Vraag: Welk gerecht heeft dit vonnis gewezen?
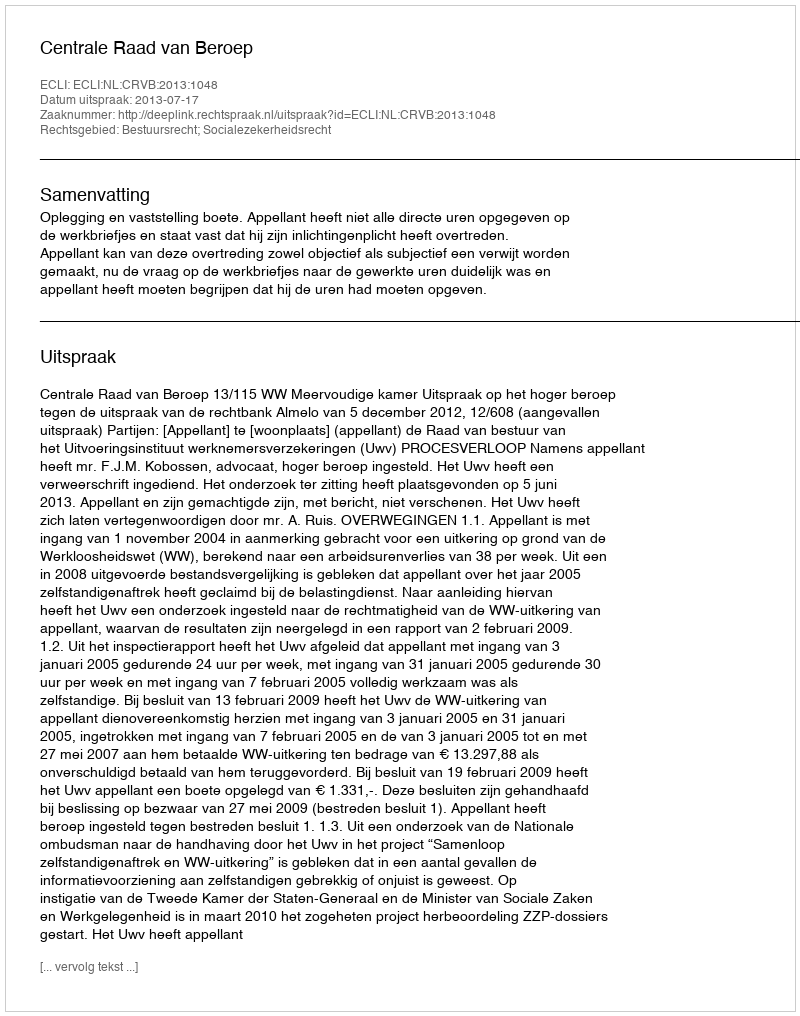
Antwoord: Centrale Raad van Beroep